Vaccination in the Punjab 1897-1904 - 1897-1904
Year: 1897
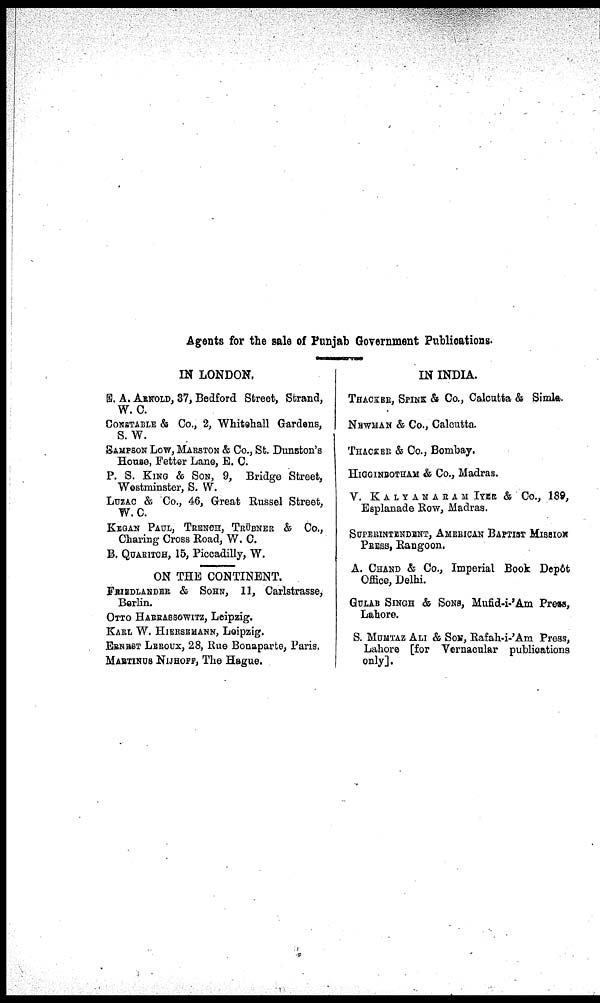
Agents for the sale of Punjab Government Publications.
IN LONDON,
E. A. ARNOLD, 37, Bedford Street, Strand,
W. C.
CONSTABLE & Co., 2, Whitehall Gardens,
S. W.
SAMPSON LOW, MARSTON & Co., St. Dunston's
House, Fetter Lane, E. C.
P. S. KING & SON, 9, Bridge Street,
Westminster, S. W.
LUZAC & Co., 46, Great Russel Street,
W.C.
KEGAN PAUL, TRENCH, TRÜBNER & Co.,
Charing Cross Road, W. C.
B. QUARITCH, 15, Piccadilly, W.
ON THE CONTINENT.
FRIEDLANDER & SOHN, 11, Carlstrasse,
Berlin.
OTTO HARRASSOWITZ, Leipzig.
KARL W. HIERSEMANN, Leipzig.
ERNEST LEROUX, 28, Rue Bonaparte, Paris.
MARTINUS NIJHOFF, The Hague.
IN INDIA.
THACKER, SPINK & Co., Calcutta & Simla.
NEWMAN & Co., Calcutta.
THACKER & Co., Bombay.
HIGGINBOTMAN & Co., Madras.
V. KALYANARAM IYER & Co., 189,
Esplanade Row, Madras.
SUPERINTENDENT, AMERICAN BAPTIST MISSION
PRESS, Rangoon.
A. CHAND & Co., Imperial Book Depôt
Office, Delhi.
GULAB SINGH & SONS, Mufid-i-'Am Press,
Lahore.
S. MUMTAZ ALI & SON, Rafah-i-'Am Press,
Lahore [for Vernacular publications
only].